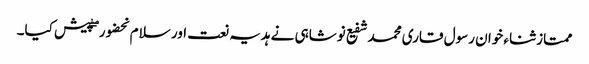
ممتاز ثناء خوان رسول قاری محمد شفیع نوشاہی نے ہدیہ نعت اور سلام بحضور ۖ پیش کیا۔